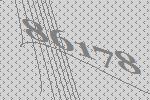
86178